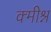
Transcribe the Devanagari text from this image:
क्मीश्न